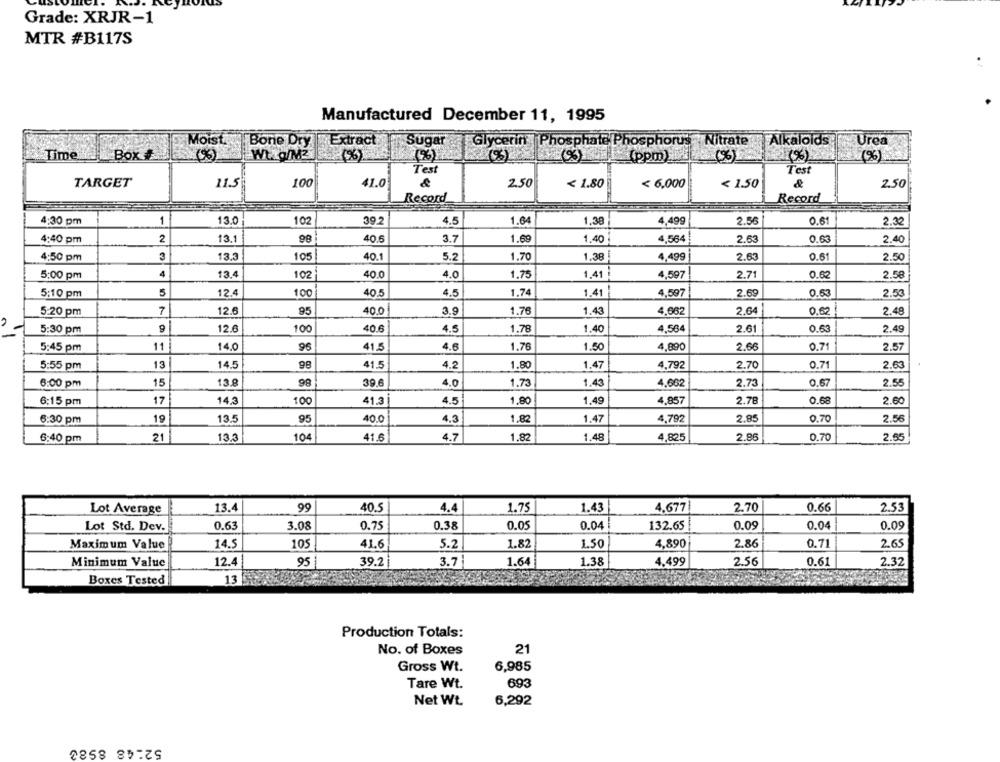
Grade: XRJR-1
MTR #B117S
Manufactured December 11, 1995
Moist
Bone Dry
Extract
Sugar
Glycerin
Phosphate Phosphorus
Nitrate
Alkaloids
Urea
Time
Box #
WULa/M2
(ppm)
(6)
Test
Test
TARGET
11.5
100
41.0
2.50
< 1.80
< 1.50
&
< 6,000
2.50
Record
Record
4:30 pm
1
13.0
102
39.2
4.5
1.64
1,38
4.499
2.56
0.61
2.32
4:40 pm
2
13.1
40.6
3.7
1.69
1.40
4,564
2.63
0.63
2.40
4:50 pm
3
13.3
105
40.1
5.2
1.70
1.38
4,499
2.63
0.61
2.50
4
13.4
102
40.0
4.0
1.75
1.41
4,597
2.71
0.62
2.58
5:00 pm
5:10 pm
5
12.4
100
40.5
4.5
1.74
1.41
4,597
2.69
0.63
2.53
5:20 pm
7
12.6
95
40.0
3,9
1.76
1.43
4,062
2.64
0.62
2.48
9
12.6
100
40.6
4.5
1.78
1.40
4.564
2.61
0.63
2.49
5:30 pm
5:45 pm
11
14.0
41.5
4.6
1.76
1.50
4.890
2.66
0.71
2.57
5:55 pm
13
14.5
98
41.5
4.2
1.80
1.47
4,792
2.70
0.71
2.63
13.8
39.6
4.0
1.73
1.43
2.73
0.67
6:00 pm
15
4.662
2.55
6:15 pm
17
14.3
100
41.3
4.5
1.80
1.49
4,857
2.78
0.68
2.60
6:30 pm
19
13.5
95
40.0
4.3
1.82
1.47
4,792
2.85
0.70
2.56
6:40 pm
21
13.3
104
41.6
4.7
1.82
1.48
4,825
2.96
0.70
2.55
Lot Average
13.4
99
40.5
4.4
1.75
1.43
4.677
2.70
0.66
2.53
Lot Std. Dev.
0.63
3.08
0.75
0.38
0.05
0.04
132.65
0.09
0.04
0.09
Maximum Value
14.5
105
41.6
5.2
1.82
1.50
4,890
2.86
0.71
2.65
Minimum Value
12.4
95
39.2
3.7|
1.64
1.38
4.499
2.56
0.61
2.32
13
Boxes Tested
Production Totals:
No. of Boxes
21
Gross Wt.
6,985
Tare Wt.
693
Net Wt.
6,292
52-48 8980